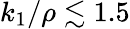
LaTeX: k_{1}/\rho\lesssim 1.5